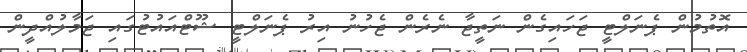
އޮތުމުން ޕެނަލްޓީ ޖަހައިގެން ނަތީޖާ ނެރެން ޖެހުނު އިރު ޕެނަލްޓީ ޝޫޓްއައުޓުގައި ޖަމާލުއްދީން